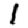
Digit: 1